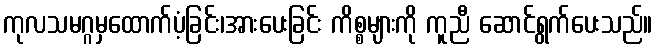
ကုလသမဂ္ဂမှထောက်ပံ့ခြင်း၊အားပေးခြင်း ကိစ္စများကို ကူညီ ဆောင်ရွက်ပေးသည်။